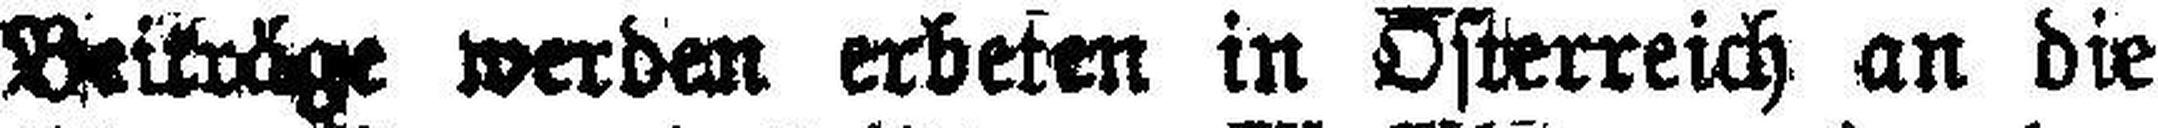
Beiträge werden erbeten in Osterreich an die